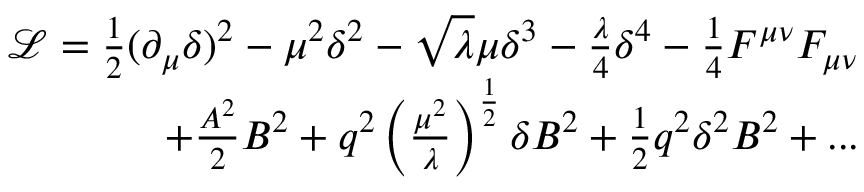
\begin{array} { r } { \mathcal { L } = \frac { 1 } { 2 } ( \partial _ { \mu } \delta ) ^ { 2 } - \mu ^ { 2 } \delta ^ { 2 } - \sqrt { \lambda } \mu \delta ^ { 3 } - \frac { \lambda } { 4 } \delta ^ { 4 } - \frac { 1 } { 4 } F ^ { \mu \nu } F _ { \mu \nu } } \\ { + \frac { A ^ { 2 } } { 2 } B ^ { 2 } + q ^ { 2 } \left( \frac { \mu ^ { 2 } } { \lambda } \right) ^ { \frac { 1 } { 2 } } \delta B ^ { 2 } + \frac { 1 } { 2 } q ^ { 2 } \delta ^ { 2 } B ^ { 2 } + . . . } \end{array}